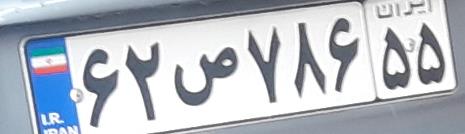
۶۲ص۷۸۶۵۵